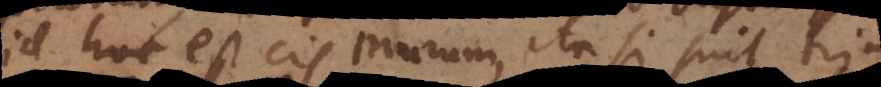
id est cis murum, ita si sint tria